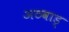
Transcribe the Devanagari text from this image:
अठवाड्